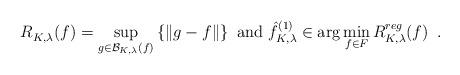
LaTeX: \begin{gather*}R_{K,\lambda}^{}(f)=\sup_{g\in \mathcal B_{K,\lambda}(f)}\left\{\|g-f\|\right\} \mbox{ and } \hat f_{K,\lambda}^{(1)}\in \arg\min_{f\in F} R_{K,\lambda}^{reg}(f)\enspace.\end{gather*}